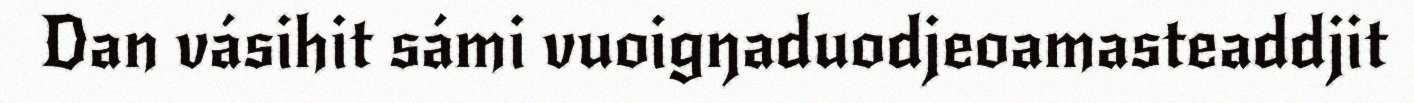
Dan vásihit sámi vuoigŋaduodjeoamasteaddjit